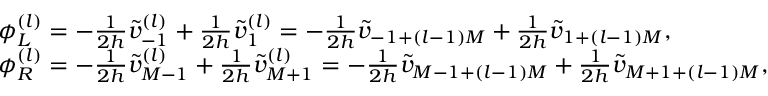
\begin{array} { r l } & { \phi _ { L } ^ { ( l ) } = - \frac { 1 } { 2 h } \widetilde v _ { - 1 } ^ { ( l ) } + \frac { 1 } { 2 h } \widetilde v _ { 1 } ^ { ( l ) } = - \frac { 1 } { 2 h } \widetilde v _ { - 1 + ( l - 1 ) M } + \frac { 1 } { 2 h } \widetilde v _ { 1 + ( l - 1 ) M } , } \\ & { \phi _ { R } ^ { ( l ) } = - \frac { 1 } { 2 h } \widetilde v _ { M - 1 } ^ { ( l ) } + \frac { 1 } { 2 h } \widetilde v _ { M + 1 } ^ { ( l ) } = - \frac { 1 } { 2 h } \widetilde v _ { M - 1 + ( l - 1 ) M } + \frac { 1 } { 2 h } \widetilde v _ { M + 1 + ( l - 1 ) M } , } \end{array}